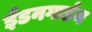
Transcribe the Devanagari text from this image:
ईडनगार्डन